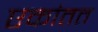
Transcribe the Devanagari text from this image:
एकांतत